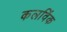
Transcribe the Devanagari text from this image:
कलविंक